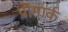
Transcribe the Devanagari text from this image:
प्रीमार्क